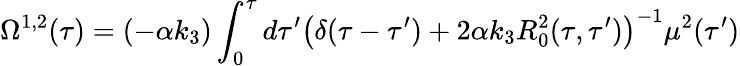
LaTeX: \Omega^{1,2}(\tau)=(-\alpha k_{3})\int_{0}^{\tau}d\tau^{\prime}\left(\delta(\tau-\tau^{\prime})+2\alpha k_{3}R_{0}^{2}(\tau,\tau^{\prime})\right)^{-1}\mu^{2}(\tau^{\prime})